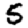
Digit: 5